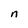
Character: n